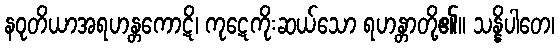
နဝုတိယာအရဟန္တကောဋိ၊ ကုဋေကိုးဆယ်သော ရဟန္တာတို့၏။ သန္နိပါတေ၊